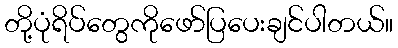
တို့ပုံရိပ်တွေကိုဖော်ပြပေးချင်ပါတယ်။